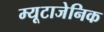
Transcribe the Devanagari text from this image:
म्यूटाजेनिक